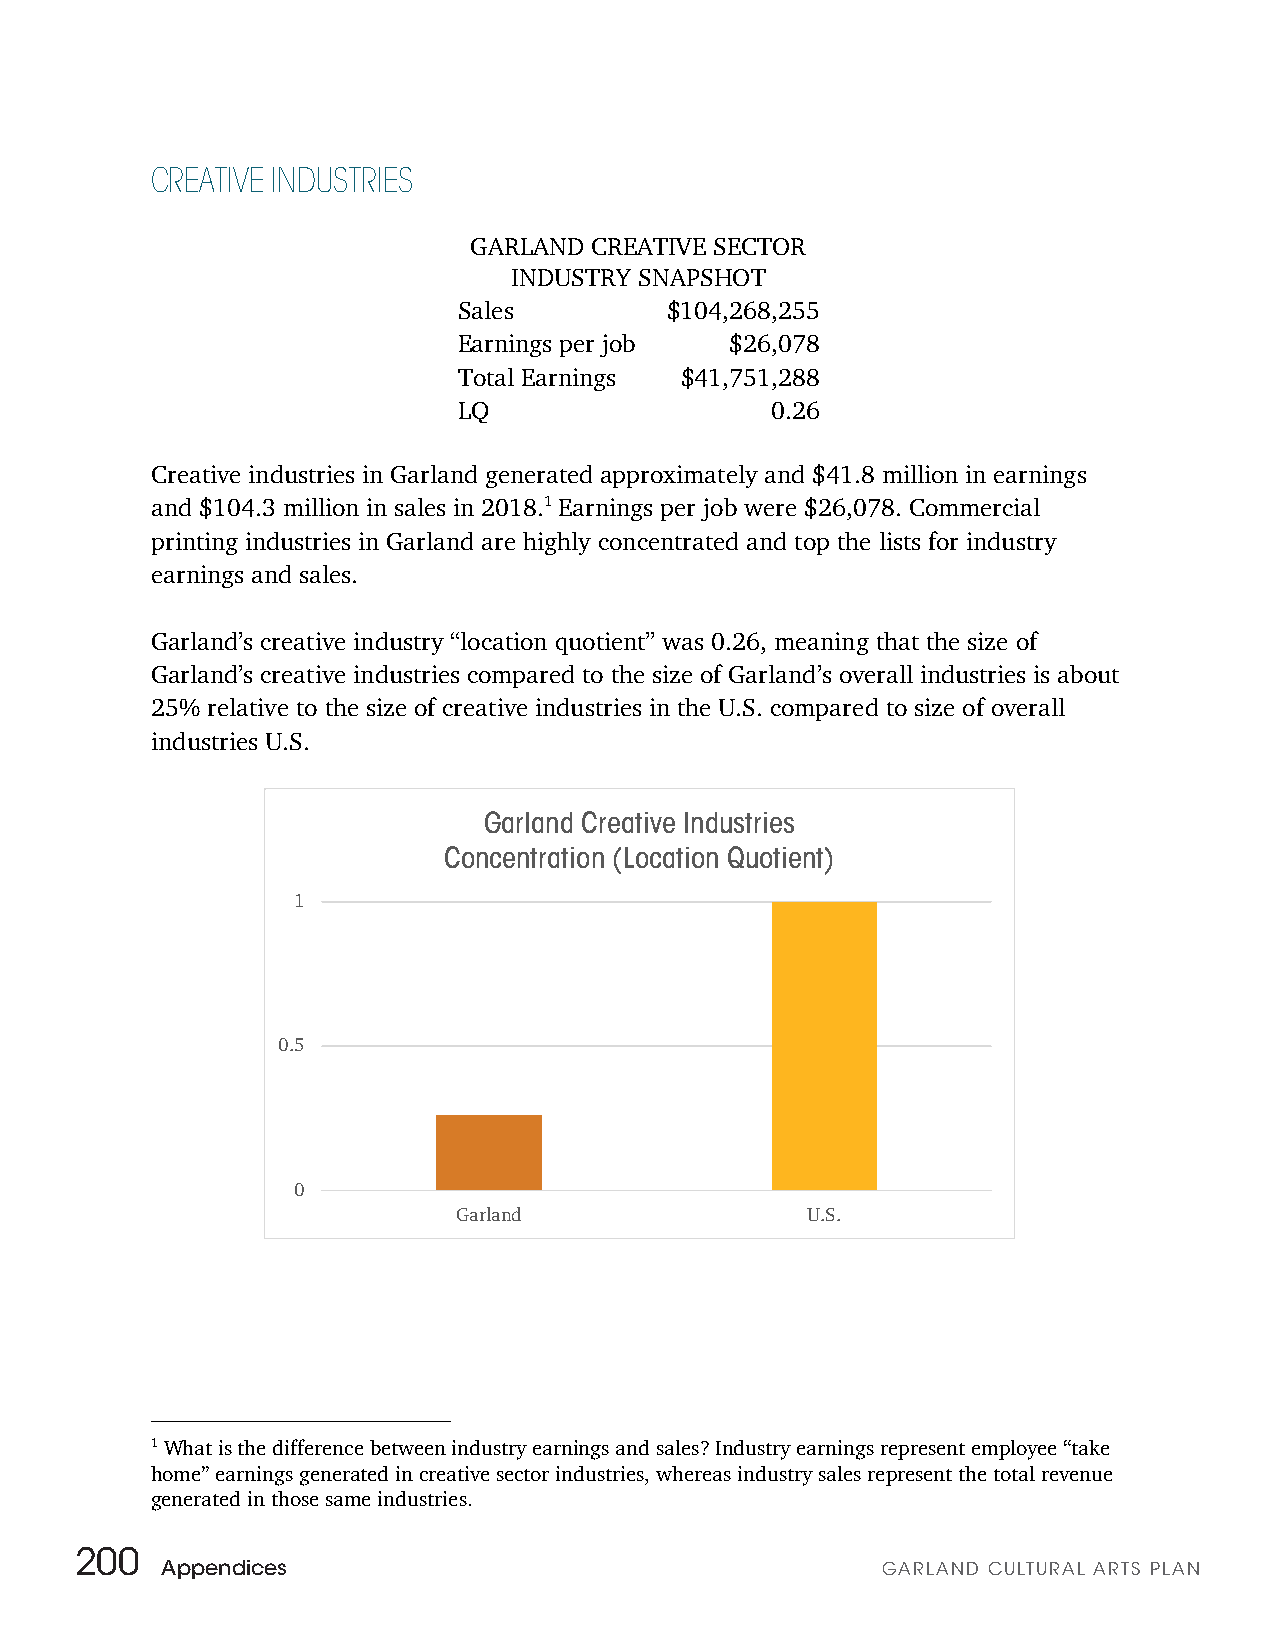
CREATIVE INDUSTRIES
 GARLAND CREATIVE SECTOR
 INDUSTRY SNAPSHOT
 Sales         $104,268,255
 Earnings per job  $26,078
 Total Earnings $41,751,288
 LQ                   0.26
 Creative industries in Garland generated approximately and $41.8 million in earnings
 and $104.3 million in sales in 2018.1 Earnings per job were $26,078. Commercial
 printing industries in Garland are highly concentrated and top the lists for industry
 earnings and sales.
 Garland’s creative industry “location quotient” was 0.26, meaning that the size of
 Garland’s creative industries compared to the size of Garland’s overall industries is about
 25% relative to the size of creative industries in the U.S. compared to size of overall
 industries U.S.
 Garland Creative Industries
 Concentration (Location Quotient)
 1
 0.5
 0
 Garland                U.S.
 1 What is the difference between industry earnings and sales? Industry earnings represent employee “take
 home” earnings generated in creative sector industries, whereas industry sales represent the total revenue
 generated in those same industries.
 200
 Appendices                                     GARLAND CULTURAL ARTS PLAN